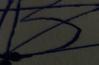
Signature authenticity: forged